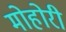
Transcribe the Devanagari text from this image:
मोहोरी